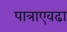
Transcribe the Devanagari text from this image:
पात्राएवढा